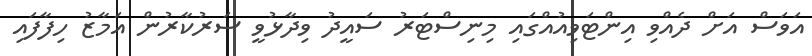
އަވަސް އަށް ދެއްވި އިންޓަވިއުއްގައި މިނިސްޓަރު ސައީދު ވިދާޅުވީ ސަރުކާރުން އަމާޒު ހިފާފައި